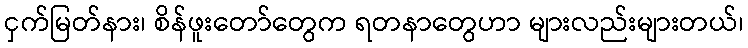
ငှက်မြတ်နား၊ စိန်ဖူးတော်တွေက ရတနာတွေဟာ များလည်းများတယ်၊